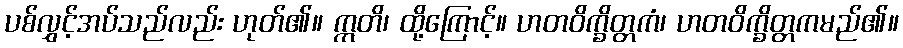
ပစ်လွှင့်အပ်သည်လည်း ဟုတ်၏။ ဣတိ၊ ထို့ကြောင့်။ ဟတဝိက္ခိတ္တကံ၊ ဟတဝိက္ခိတ္တကမည်၏။